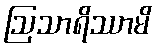
ဩသာရိဿာမိ